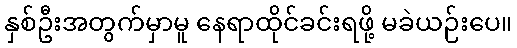
နှစ်ဦးအတွက်မှာမူ နေရာထိုင်ခင်းရဖို့ မခဲယဉ်းပေ။